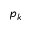
p _ { k }